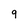
Character: 9